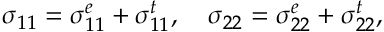
\sigma _ { 1 1 } = \sigma _ { 1 1 } ^ { e } + \sigma _ { 1 1 } ^ { t } , \quad \sigma _ { 2 2 } = \sigma _ { 2 2 } ^ { e } + \sigma _ { 2 2 } ^ { t } ,